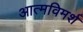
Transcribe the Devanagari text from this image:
आत्मविमर्श